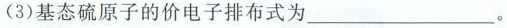
(3)基态硫原子的价电子排布式为___。